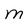
Character: M